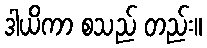
ဒါယိကာ စသည် တည်း။